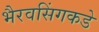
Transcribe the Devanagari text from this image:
भैरवसिंगकडे